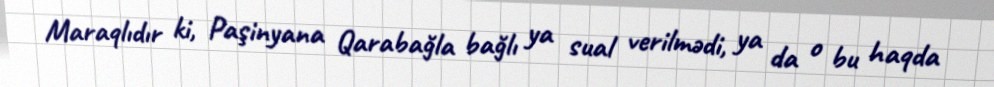
Maraqlıdır ki, Paşinyana Qarabağla bağlı ya sual verilmədi, ya da o bu haqda